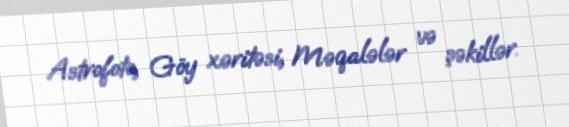
Astrofoto, Göy xəritəsi, Məqalələr və şəkillər.